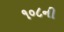
૧૦૮ની